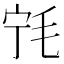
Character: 𰚔